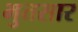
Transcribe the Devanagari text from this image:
भुतसार